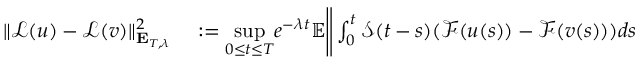
\begin{array} { r l } { \Vert \mathcal { L } ( u ) - \mathcal { L } ( v ) \Vert _ { \mathbf { E } _ { T , \lambda } } ^ { 2 } } & { { } : = \underset { 0 \leq t \leq T } { \operatorname* { s u p } } e ^ { - \lambda t } \mathbb { E } \Bigg \Vert \int _ { 0 } ^ { t } \mathcal { S } ( t - s ) ( \mathcal { F } ( u ( s ) ) - \mathcal { F } ( v ( s ) ) ) d s } \end{array}